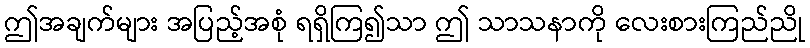
ဤအချက်များ အပြည့်အစုံ ရရှိကြ၍သာ ဤ သာသနာကို လေးစားကြည်ညို